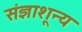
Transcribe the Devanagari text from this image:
संज्ञाशून्य